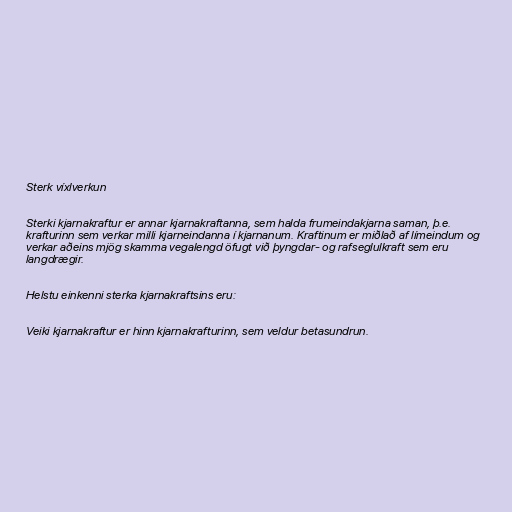
Sterk víxlverkun

Sterki kjarnakraftur er annar kjarnakraftanna, sem halda frumeindakjarna saman, þ.e.
krafturinn sem verkar milli kjarneindanna í kjarnanum. Kraftinum er miðlað af límeindum og
verkar aðeins mjög skamma vegalengd öfugt við þyngdar- og rafseglulkraft sem eru
langdrægir.

Helstu einkenni sterka kjarnakraftsins eru:

Veiki kjarnakraftur er hinn kjarnakrafturinn, sem veldur betasundrun.